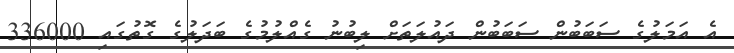
އެ އަމަލުގެ ސަބަބުން ސަބަބުން ދައުލަތަށް ލިބުނު ގެއްލުމުގެ ބަދަލުގެ ގޮތުގައި 336000